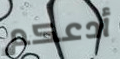
أدعكم